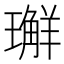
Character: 𭺅